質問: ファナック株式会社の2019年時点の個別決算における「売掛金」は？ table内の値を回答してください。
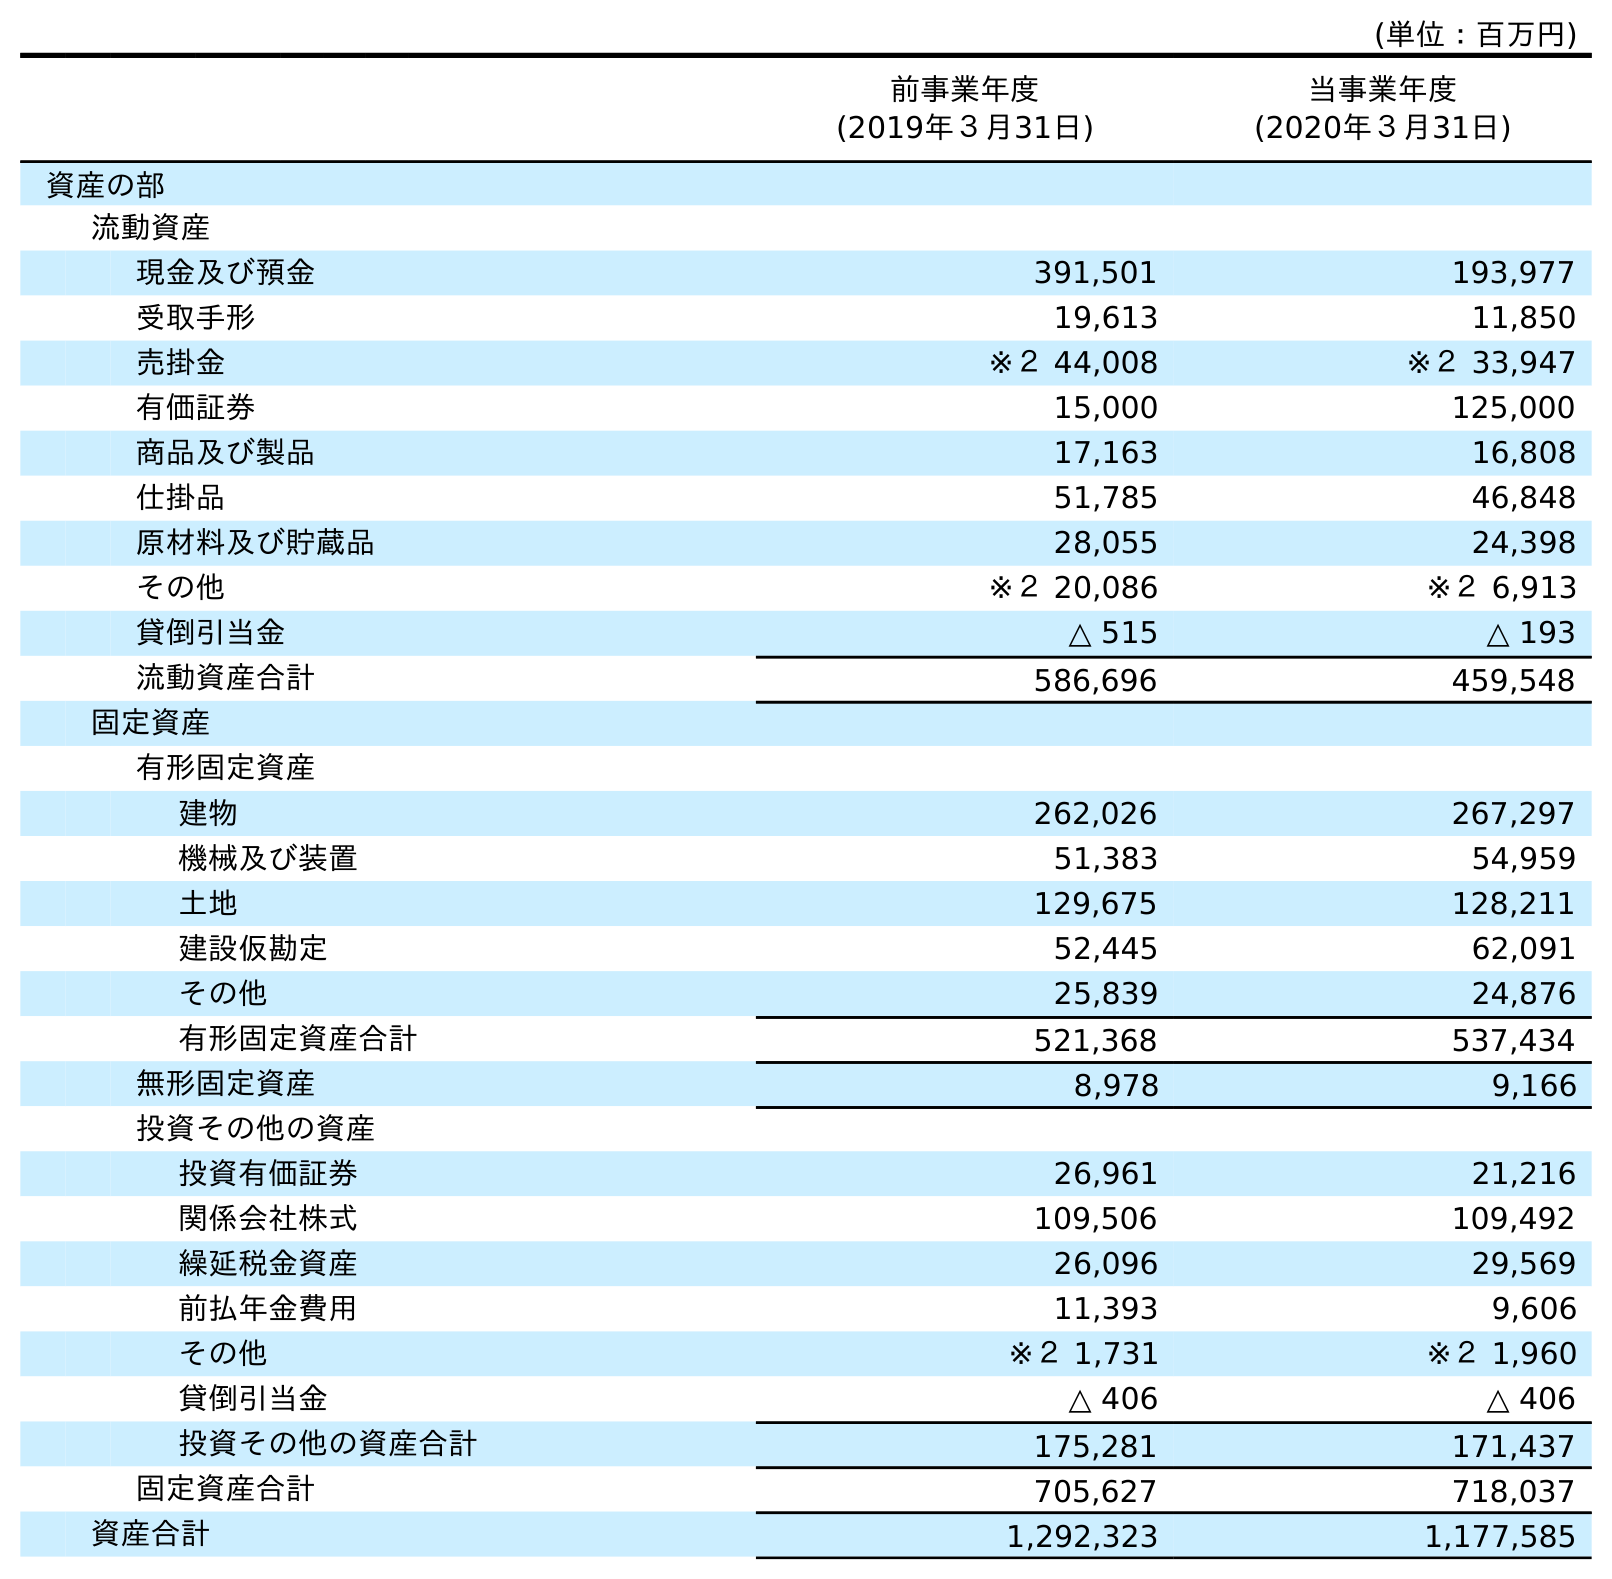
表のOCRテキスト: (単位：百万円) 前事業年度 (2019年３月31日) 当事業年度 (2020年３月31日) 資産の部 流動資産 現金及び預金 391,501 193,977 受取手形 19,613 11,850 売掛金 ※２ 44,008 ※２ 33,947 有価証券 15,000 125,000 商品及び製品 17,163 16,808 仕掛品 51,785 46,848 原材料及び貯蔵品 28,055 24,398 その他 ※２ 20,086 ※２ 6,913 貸倒引当金 △ 515 △ 193 流動資産合計 586,696 459,548 固定資産 有形固定資産 建物 262,026 267,297 機械及び装置 51,383 54,959 土地 129,675 128,211 建設仮勘定 52,445 62,091 その他 25,839 24,876 有形固定資産合計 521,368 537,434 無形固定資産 8,978 9,166 投資その他の資産 投資有価証券 26,961 21,216 関係会社株式 109,506 109,492 繰延税金資産 26,096 29,569 前払年金費用 11,393 9,606 その他 ※２ 1,731 ※２ 1,960 貸倒引当金 △ 406 △ 406 投資その他の資産合計 175,281 171,437 固定資産合計 705,627 718,037 資産合計 1,292,323 1,177,585
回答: ※２44,008